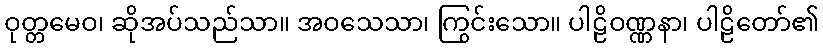
ဝုတ္တမေဝ၊ ဆိုအပ်သည်သာ။ အဝသေသာ၊ ကြွင်းသော။ ပါဠိဝဏ္ဏနာ၊ ပါဠိတော်၏